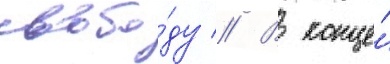
свобо́ду // В конце́